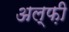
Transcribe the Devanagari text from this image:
अल्फ़ी